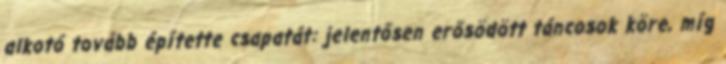
alkotó tovább építette csapatát: jelentősen erősödött táncosok köre, míg